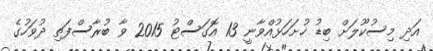
އަދި މިސުކޫލަށް ބިޑު ހުށަހަޅުއްވާނީ 13 އޮގަސްޓު 2015 ވާ ބުރާސްފަތި ދުވަހުގެ